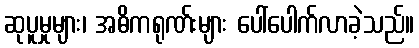
ဆုပူမှုများ၊ အဓိကရုဏ်းများ ပေါ်ပေါက်လာခဲ့သည်။